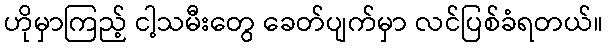
ဟိုမှာကြည့် ငါ့သမီးတွေ ခေတ်ပျက်မှာ လင်ပြစ်ခံရတယ်။